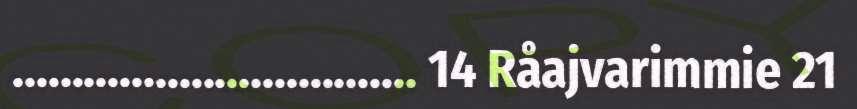
.................................. 14 Råajvarimmie 21